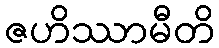
ဇဟိဿာမီတိ